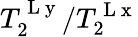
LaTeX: T_{2}^{\mathrm{~L~y~}}/T_{2}^{\mathrm{~L~x~}}